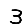
Digit: 3